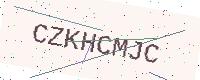
Text: CZKHCMJC